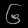
Digit: ၆